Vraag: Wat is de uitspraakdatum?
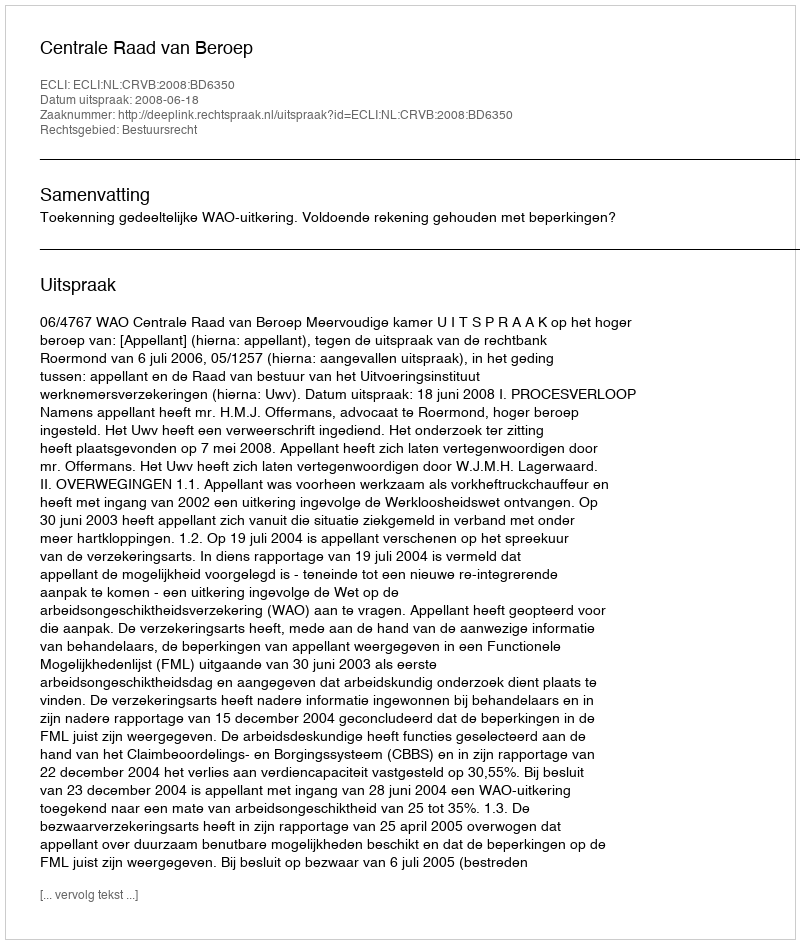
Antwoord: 2008-06-18